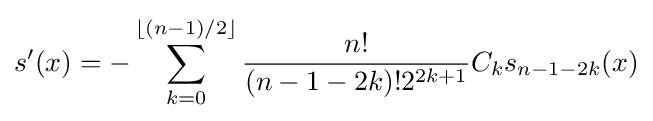
s'(x)=-\sum _{k=0}^{\lfloor (n-1)/2\rfloor }{\frac {n!}{(n-1-2k)!2^{2k+1}}}C_{k}s_{n-1-2k}(x)